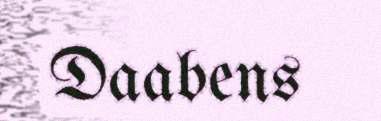
Daabens